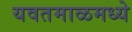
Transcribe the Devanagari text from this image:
यवतमाळमध्ये